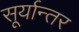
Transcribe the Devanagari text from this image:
सूर्यान्तर